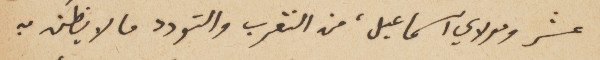
عشر ومولاي اسماعيل، من التقرب والتودد ما لا يظنَ به